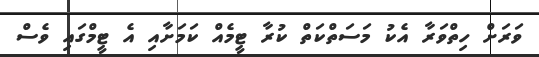
ވަރަށް ހިތްވަރާ އެކު މަސަތްކަތް ކުރާ ޓީމެއް ކަމަށާއި އެ ޓީމްގައި ވެސް